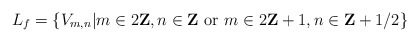
\begin{align*}L_{f}=\left\{ V_{m,n}|m\in 2{\bf Z},n\in {\bf Z} \mbox{ or }m\in 2{\bf Z}+1,n\in {\bf Z}+1/2 \right\}\end{align*}